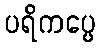
ပရိကပ္ပေ